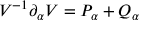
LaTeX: V ^ { - 1 } \partial _ { \alpha } V = P _ { \alpha } + Q _ { \alpha }